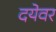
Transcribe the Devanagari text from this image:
दयेवर